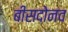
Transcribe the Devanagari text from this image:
बीसदोनव